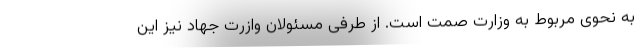
به نحوی مربوط به وزارت صمت است. از طرفی مسئولان وازرت جهاد نیز این